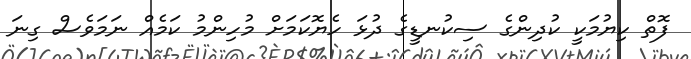
ފޮތް ކިޔުމަކީ ކުދިންގެ ސިކުނޑީގެ ދުޅަ ހެޔޮކަމަށް މުހިންމު ކަމެއް ނަމަވެސް ގިނަ